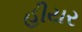
હીયર